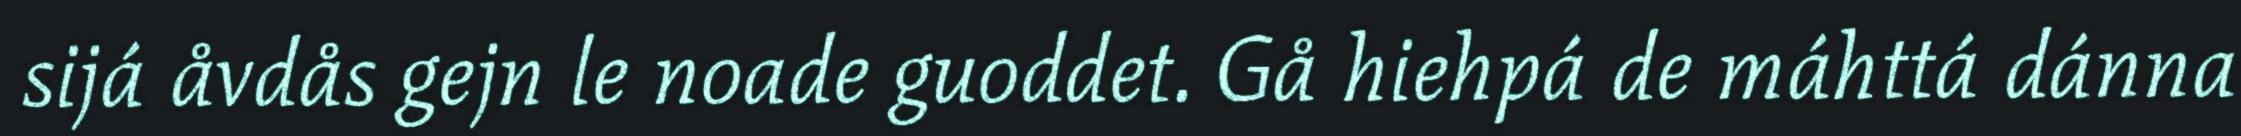
sijá åvdås gejn le noade guoddet. Gå hiehpá de máhttá dánna